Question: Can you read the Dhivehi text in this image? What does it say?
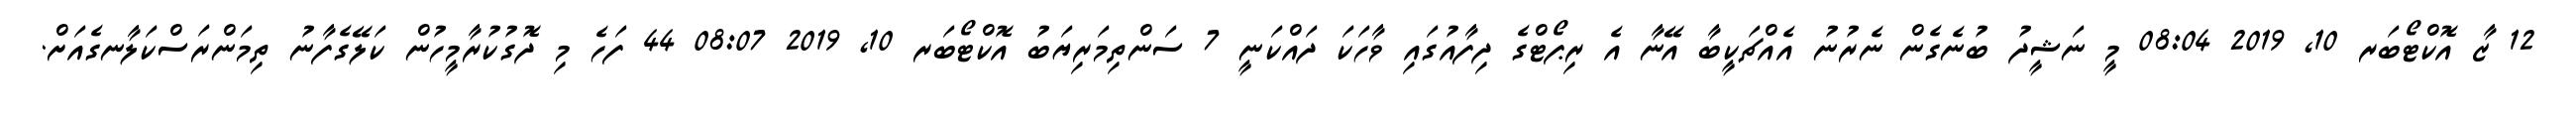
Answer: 12 ޒާ އޮކްޓޯބަރ 10, 2019 08:04 މީ ނަޝީދު ބުނެގެން ނެރުނު އެއްޗަކީބާ އޭނާ އެ ރިޕޯޓްގެ ދިފާއުގައި ވާހަކަ ދައްކަނީ 7 ސަންތިމަރިޔަބު އޮކްޓޯބަރ 10, 2019 08:07 44 ފަހެ މި ދޮގުކުރާމީހުން ކަލޭގެފާނު ތިމަންރަސްކަލާނގެއަށް.